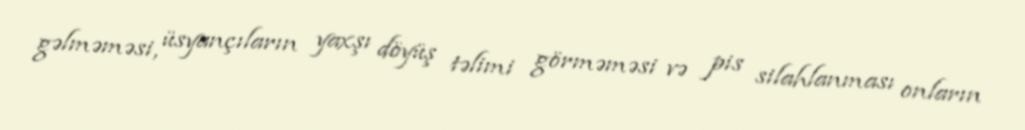
gəlməməsi, üsyançıların yaxşı döyüş təlimi görməməsi və pis silahlanması onların